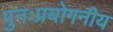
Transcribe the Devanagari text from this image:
पुनःप्रयोगनीय